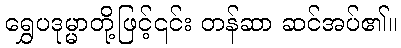
ရွှေပဒုမ္မာတို့ဖြင့်၎င်း တန်ဆာ ဆင်အပ်၏။